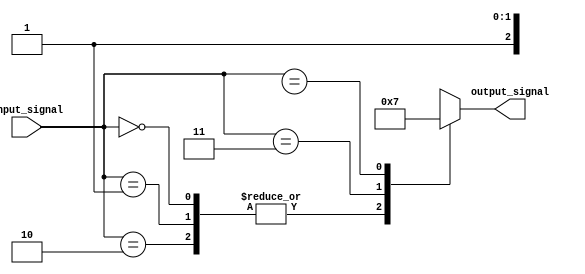
module dont_care_case(
    input [2:0] input_signal,
    output reg [1:0] output_signal
);

always @(*)
begin
    case(input_signal)
        3'b000, 3'b001, 3'b010:
            output_signal = 2'b00;
        3'b011:
            output_signal = 2'b01;
        3'b1XX: // Handling don't care cases, where X can be either 0 or 1
            output_signal = 2'b11;
        default:
            output_signal = 2'b10; // Handling cases when input signal does not match any specified cases
    endcase
end

endmodule